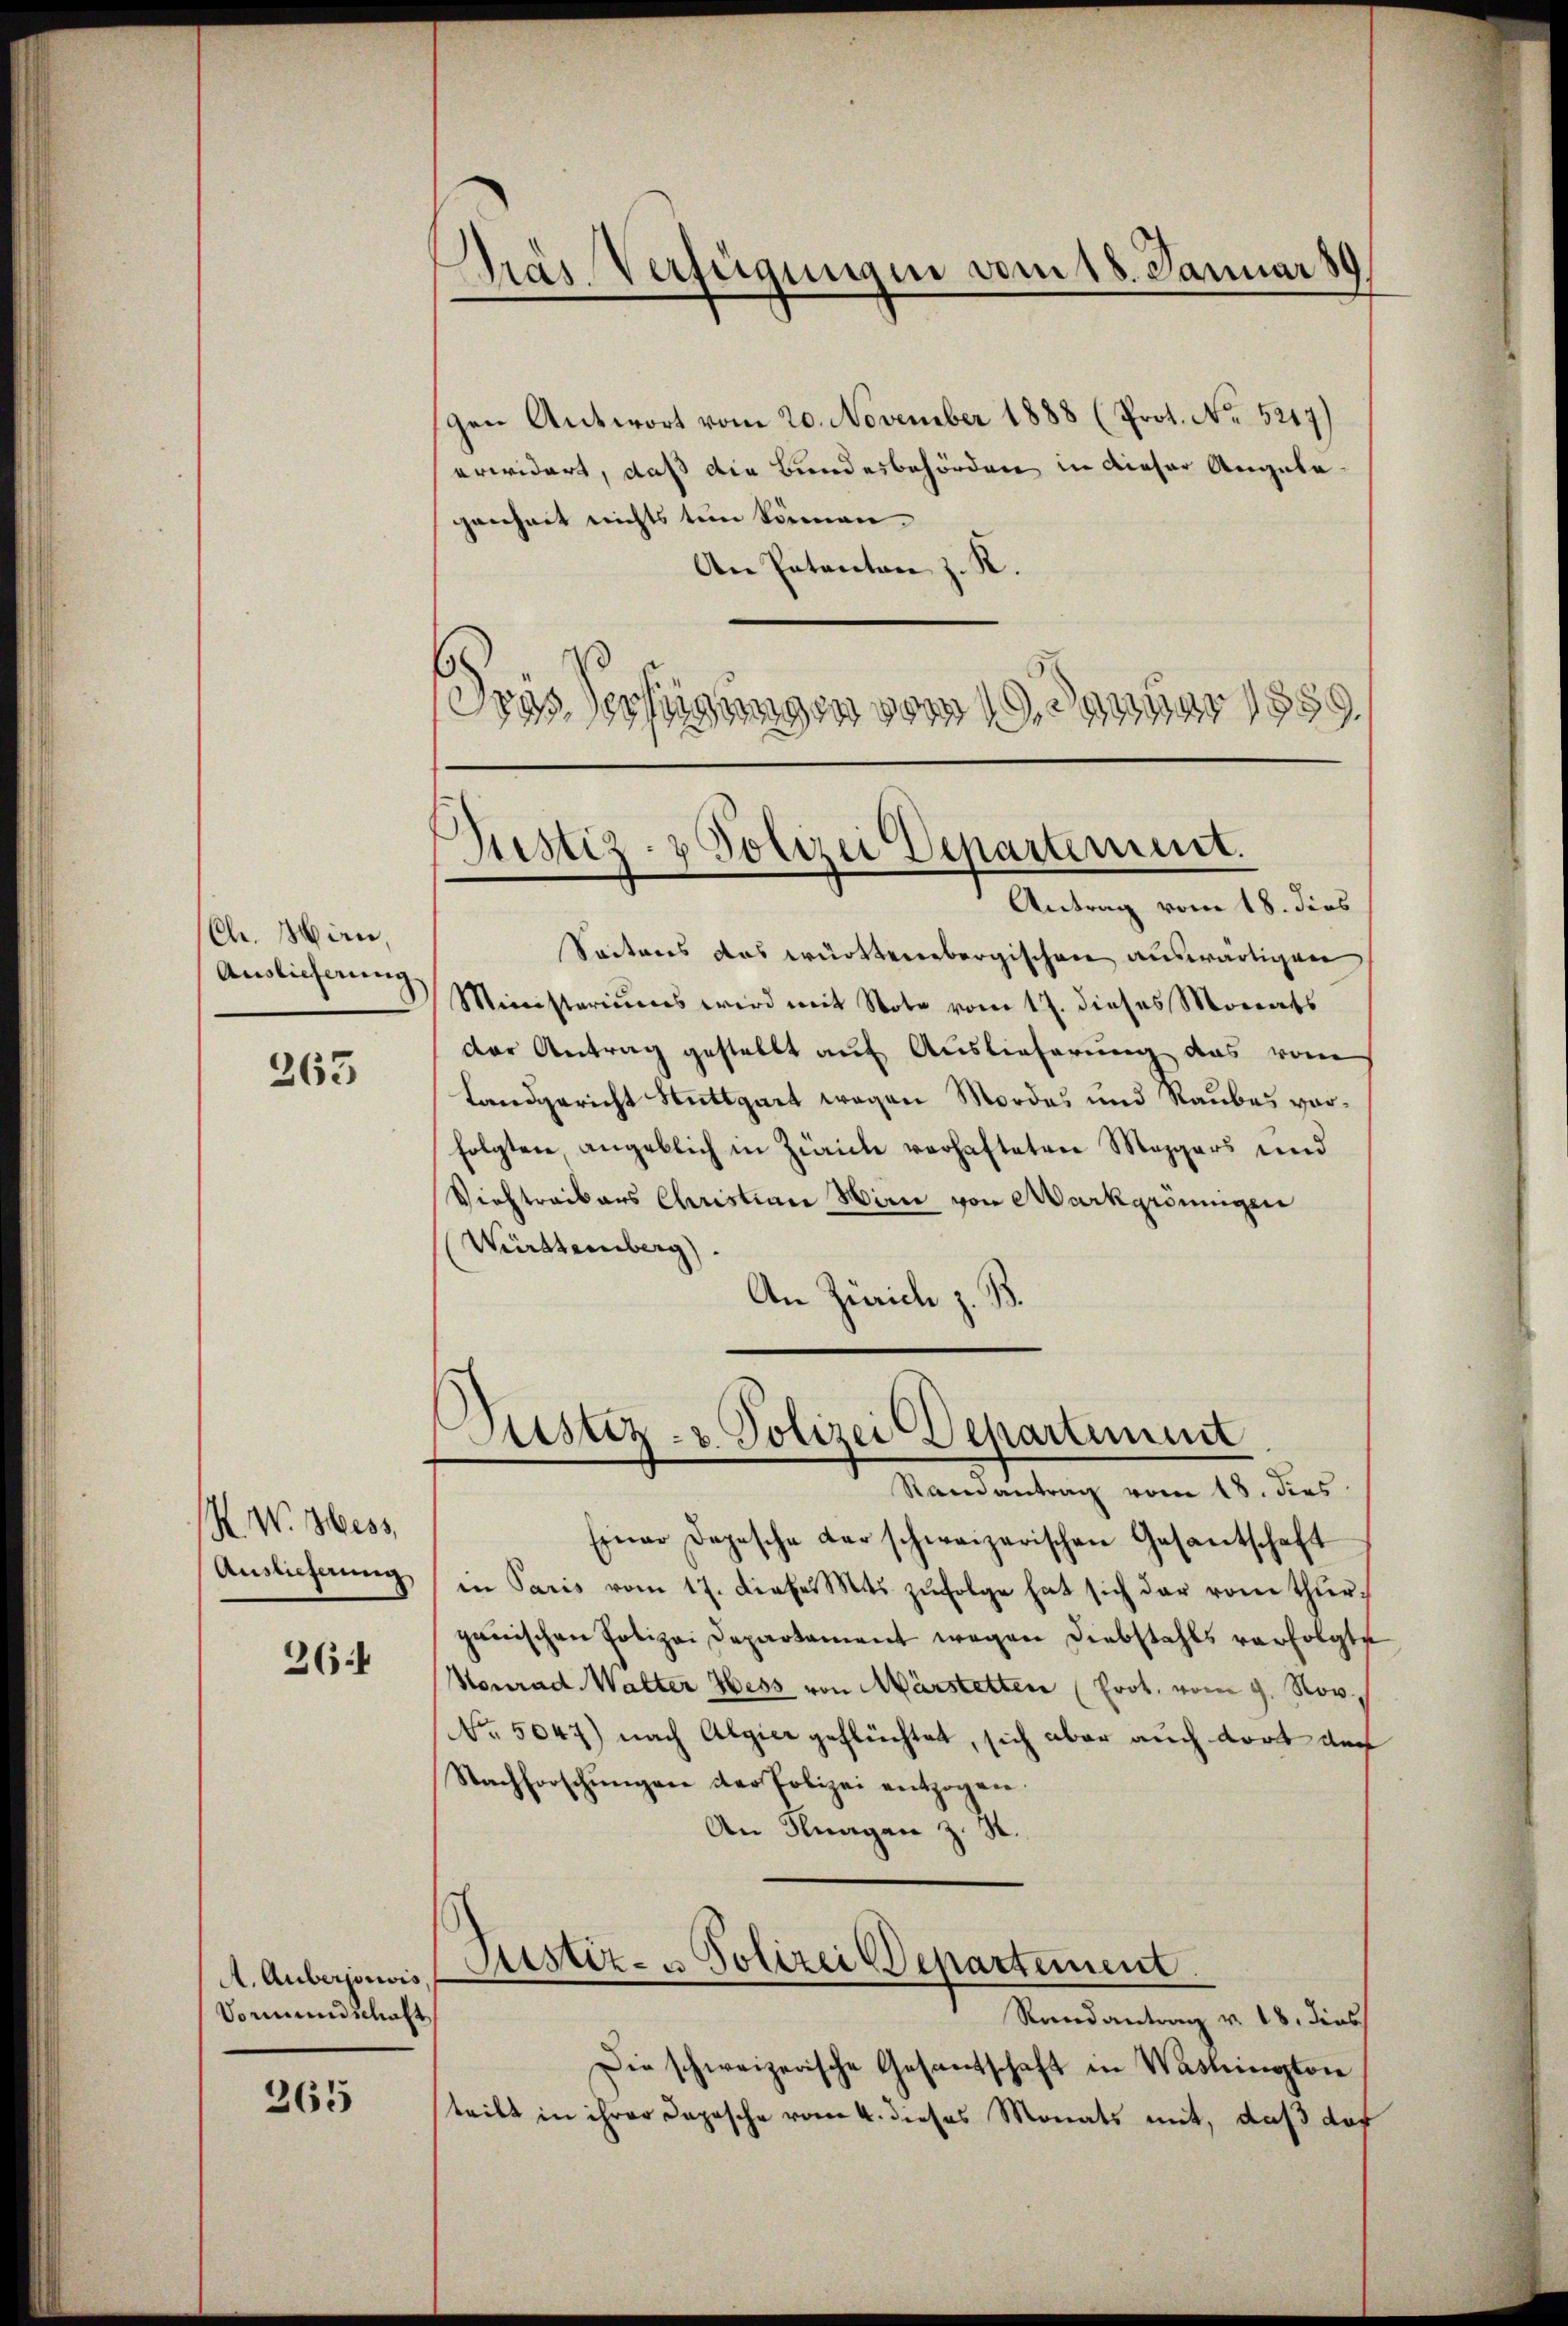
(Ch. Mirn,
Auslieferung

263

K. W. Hess
Auslieferung

36

A. Aubergorvis
Vomundschaft

265

Pras Verfügungen vom 18. Januar 1

gen Antwort vom 20. November 1888 (Prot. No 5217)
erwidert, daß die Bundesbehörden in dieser Angabe
genheit nichts ten können.
An Patenten z. R.
r
wungen vom 19. Januar 1859.
Seitens das württembergischen auswärtigen
Ministeriums wird mit Note vom 17. dieses Monats
der Antrag gestellt auf Auslieferung das vom
Landgericht Stuttgart wegen Mordes und Raubes vorfolgten angeblich in Zürich verhafteten Mezgers und
Viehtreibers Christian Wien von Markgröningen
Württemberg)
An Zürich z. B.

Justiz- & Polizei Departement.
Antrag vom 18. dies

Justiz- & Polizei Departement

Samantrag vom 18. dies
Einer Depesche der schweizerischen Gesantschaft
in Paris vom 17. dieser Mts. zŭfolge hat sich dar vom thŭr-
ganischen Polizei Departament wegen Diebstahls verfolgte
Konrad Walter Hess von Märstetten (Prot. vom 9. Nov.
No. 5047) nach Algier geflüchtet, sich aber auch dort doch
Nachforschŭngen der Polizei entzogen.
An Knagan z. S.
Justiz- & Polizei Departement.
Randantrag v. 18. dies
Die schweizerische Gesandschaft in Washington
teilt in ihrer Depesche vom 4. dieses Monats mit, daß das